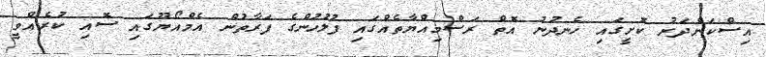
އިސްކަންދަރު ކޮށީގައި ހެނދުނު އޮތް ރަސްމިއްޔާތެއްގައި ފުލުހުންގެ ފަރާތުން އެމްއޯޔޫގައި ސޮއި ކުރެއްވީ